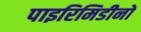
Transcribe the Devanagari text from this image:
पाइरिमिडीनों